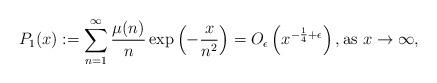
LaTeX: \begin{align*}P_1(x):= \sum_{n=1}^\infty \frac{\mu(n)}{n} \exp\left({-\frac{x}{n^2}}\right) = O_{\epsilon}\left( x^{-\frac{1}{4}+ \epsilon } \right), \mathrm{as}\,\, x \rightarrow \infty,\end{align*}